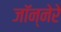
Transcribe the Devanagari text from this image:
जॉन्नेरे